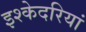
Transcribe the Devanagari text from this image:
इश्केदरियां